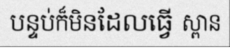
បន្ទប់ក៏មិនដែលធ្វើ ស្ពាន